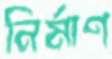
নির্মাণ